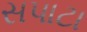
સપાટા